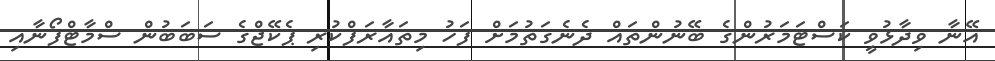
އޭނާ ވިދާޅުވީ ކަސްޓަމަރުންގެ ބޭނުންތައް ދެނެގަތުމަށް ފަހު މިތައާރަފްކުރި ޕެކޭޖްގެ ސަބަބުން ސްމާޓްފޯނާއި